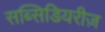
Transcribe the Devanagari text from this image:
सब्सिडियरीज़